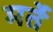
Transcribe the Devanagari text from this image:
मर्ते